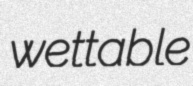
wettable